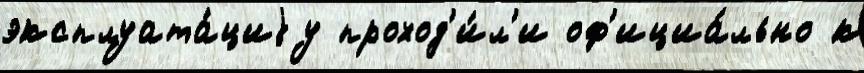
эксплуата́циjу проход'и́л'и оф'ициа́льно к